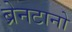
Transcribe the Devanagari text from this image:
ब्रेनटानो